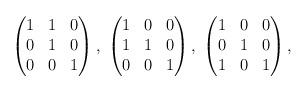
LaTeX: \begin{align*}\begin{pmatrix}1 & 1 & 0 \\ 0 & 1 & 0 \\0 & 0 & 1 \end{pmatrix}, \;\begin{pmatrix}1 & 0 & 0 \\ 1 & 1 & 0 \\0 & 0 & 1 \end{pmatrix}, \;\begin{pmatrix}1 & 0 & 0 \\ 0 & 1 & 0 \\1 & 0 & 1 \end{pmatrix},\end{align*}